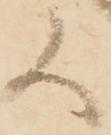
候